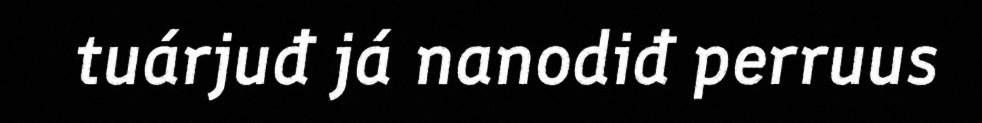
tuárjuđ já nanodiđ perruus